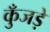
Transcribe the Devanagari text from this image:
कुँजड़े